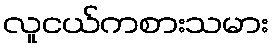
လူငယ်ကစားသမား